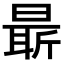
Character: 𣉛